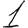
Digit: 1